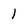
Character: 1